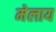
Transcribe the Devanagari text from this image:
मेलाय